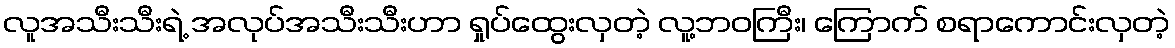
လူအသီးသီးရဲ့ အလုပ်အသီးသီးဟာ ရှုပ်ထွေးလှတဲ့ လူ့ဘဝကြီး၊ ကြောက် စရာကောင်းလှတဲ့